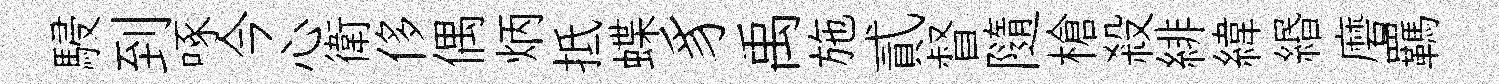
駸到啄今心衛侈偶炳抵蝶豸禹施貳督隨槍殺緋緯緡磨羈